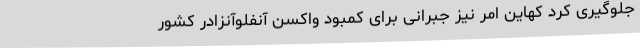
جلوگیری کرد کهاین امر نیز جبرانی برای کمبود واکسن آنفلوآنزادر کشور